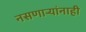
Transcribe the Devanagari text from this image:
नसणार्‍यांनाही